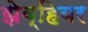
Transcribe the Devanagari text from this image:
झेव्हियर